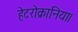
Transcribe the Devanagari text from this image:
हेटरोक्रानिया।